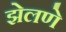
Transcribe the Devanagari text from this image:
झेलणे